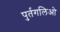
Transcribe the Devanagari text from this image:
पुर्तगलिओ